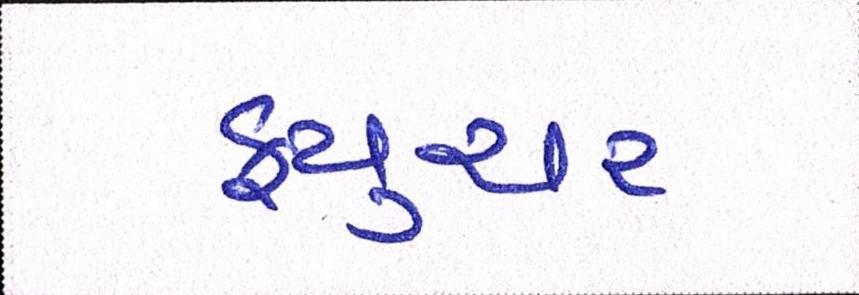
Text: ફ્યુચર